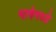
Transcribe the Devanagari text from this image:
भाषेमध्‍ये